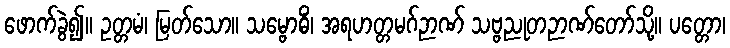
ဖောက်ခွဲ၍။ ဥတ္တမံ၊ မြတ်သော။ သမ္ဗောဓိံ၊ အရဟတ္တမဂ်ဉာဏ် သဗ္ဗညုတဉာဏ်တော်သို့။ ပတ္တော၊